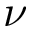
\nu